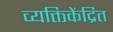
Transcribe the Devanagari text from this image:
व्यक्तिकेंद्रित